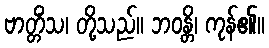
ဗာတ္တိံသ၊ တို့သည်။ ဘဝန္တိ၊ ကုန်၏။